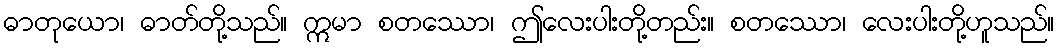
ဓာတုယော၊ ဓာတ်တို့သည်။ ဣမာ စတဿော၊ ဤလေးပါးတို့တည်း။ စတဿော၊ လေးပါးတို့ဟူသည်။